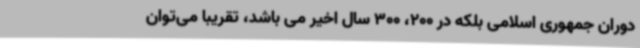
دوران جمهوری اسلامی بلکه در 200، 300 سال اخیر می باشد، تقریبا می‌توان